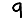
Digit: 9